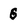
Character: 6